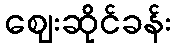
ဈေးဆိုင်ခန်း